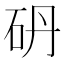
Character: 砃